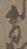
有